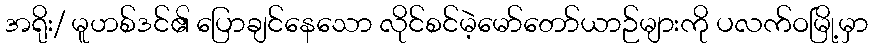
အရိုး/ မူဟစ်ဒင်၏ ပြောချင်နေသော လိုင်စင်မဲ့မော်တော်ယာဉ်များကို ပလက်ဝမြို့မှာ